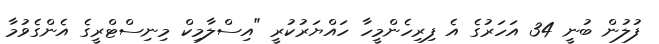
ފުލުުން ބުނީ 34 އަހަރުގެ އެ ފިރިހެންމީހާ ހައްޔަރުކުރީ "އިސްލާމިކް މިނިސްޓްރީގެ އެންގެވުމާ